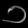
Digit: ၁